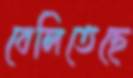
বেলিতেছে